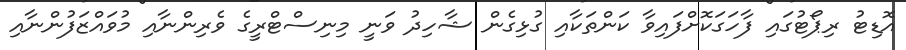
އޮޑިޓު ރިޕޯޓުގައި ފާހަގަކޮށްފައިވާ ކަންތަކާއި ގުޅިގެން ޝާހިދު ވަނީ މިނިސްޓްރީގެ ވެރިންނާއި މުވައްޒަފުންނާއި